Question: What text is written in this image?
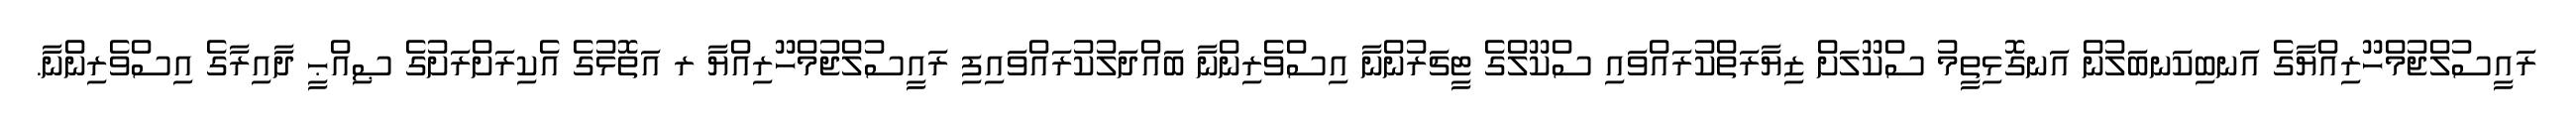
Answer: ރައީސުލްޖުމްހޫރިއްޔާގެ އަނބިކަނބަލުން އަނގޮޅިތީމު ސްކޫލަށް ޒިޔާރަތްކުރައްވައި ސްކޫލްގެ ޓީޗަރުންނާ އިސްވެރިންނާ ބައްދަލުކުރައްވައިފި ރައީސުލްޖުމްހޫރިއްޔާ ރ އަތޮޅުގެ އެކިރަށްރަށުގެ ޞިއްޙީ ދާއިރާގެ އިސްވެރިންނާ.